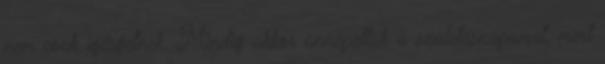
nem csak ígérgetnek. Mindig akkor ünnepeltük a születésnapomat, mert